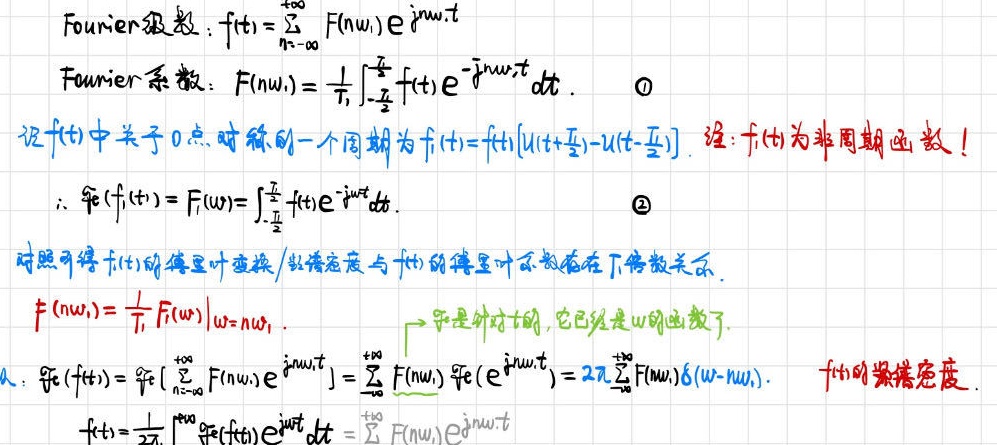
Fourier级数：$f(t)=\sum_{n = -\infty}^{+\infty}F(n\omega_1)e^{jn\omega_1t}$

Fourier系数：$F(n\omega_1)=\frac{1}{T_1}\int_{-\frac{T_1}{2}}^{\frac{T_1}{2}}f(t)e^{-jn\omega_1t}dt$. \textcircled{1}

设$f(t)$中关于0点对称的一个周期为$f_1(t)=f(t)[u(t+\frac{T_1}{2})-u(t - \frac{T_1}{2})]$. 注：$f_1(t)$为非周期函数！

$\therefore \mathcal{F}(f_1(t)) = F_1(\omega)=\int_{-\frac{T_1}{2}}^{\frac{T_1}{2}}f(t)e^{-j\omega t}dt$. \textcircled{2}

对照可得$f(t)$的傅里叶变换/频谱密度与$f(t)$的傅里叶系数存在下倍数关系.

$F(n\omega_1)=\frac{1}{T_1}F(\omega)\big|_{\omega = n\omega_1}$. $\rightarrow$ 字母是对外的，它已经是$\omega$的函数了.

$\therefore \mathcal{F}(f(t))=\mathcal{F}(\sum_{n = -\infty}^{+\infty}F(n\omega_1)e^{jn\omega_1t})=\sum_{n = -\infty}^{+\infty}F(n\omega_1)\mathcal{F}(e^{jn\omega_1t}) = 2\pi\sum_{n = -\infty}^{+\infty}F(n\omega_1)\delta(\omega - n\omega_1)$. $f(t)$的频谱密度.

$f(t)=\frac{1}{2\pi}\int_{-\infty}^{\infty}\mathcal{F}(f(t))e^{j\omega t}dt=\sum_{n = -\infty}^{+\infty}F(n\omega_1)e^{jn\omega_1t}$